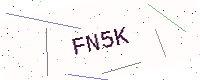
Text: FN5K